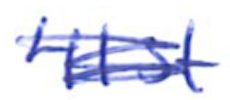
Text: 41st
Cross-out: scratch
Writing tool: ballpoint